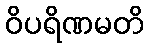
ဝိပရိဏမတိ